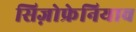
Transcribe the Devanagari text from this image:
सिज़ोफ्रेनियाव